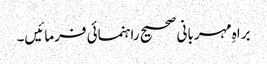
براہِ مہربانی صحیح راہنمائی فرمائیں۔